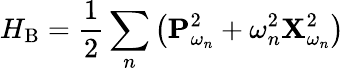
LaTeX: H_{\mathrm{B}}=\frac{1}{2}\sum_{n}\left(\mathbf{P}_{\omega_{n}}^{2}+\omega_{n}^{2}\mathbf{X}_{\omega_{n}}^{2}\right)